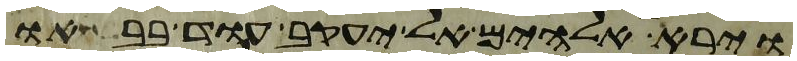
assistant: וירא אלהים אל יעקב עוד בבאו